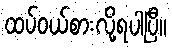
ထပ်ဝယ်စားလို့ရပါပြီ။